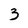
Character: 3